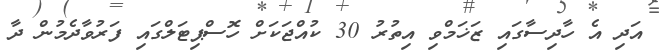
އަދި އެ ހާދިސާގައި ޒަޚަމްވި އިތުރު 30 ކުއްޖަކަށް ހޮސްޕިޓަލްގައި ފަރުވާދެމުން ދާ